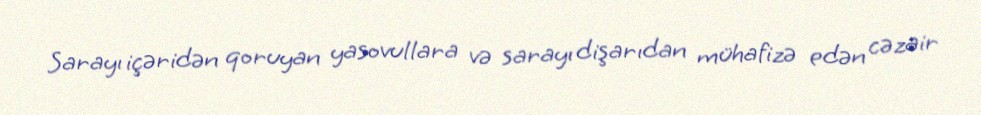
Sarayı içəridən qoruyan yasovullara və sarayı dişarıdan mühafizə edən cəzair